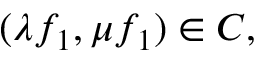
( \lambda f _ { 1 } , \mu f _ { 1 } ) \in { \cal C } ,